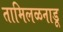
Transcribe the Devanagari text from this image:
तामिलळनाडू